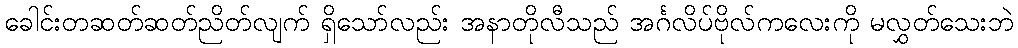
ခေါင်းတဆတ်ဆတ်ညိတ်လျက် ရှိသော်လည်း အနာတိုလီသည် အင်္ဂလိပ်ဗိုလ်ကလေးကို မလွှတ်သေးဘဲ